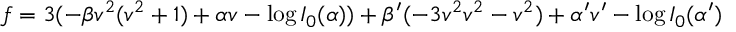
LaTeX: f = 3 ( - \beta v ^ { 2 } ( v ^ { 2 } + 1 ) + \alpha v - \log I _ { 0 } ( \alpha ) ) + \beta ^ { \prime } ( - 3 v ^ { 2 } v ^ { 2 } - v ^ { 2 } ) + \alpha ^ { \prime } v ^ { \prime } - \log I _ { 0 } ( \alpha ^ { \prime } )